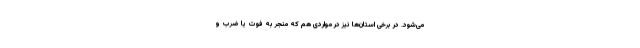
می‌شود. در برخی استان‌ها نیز در مواردی هم که منجر به فوت یا ضرب و